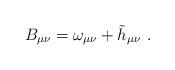
LaTeX: \begin{align*}B_{\mu \nu }=\omega _{\mu \nu }+\tilde{h}_{\mu \nu }\ .\end{align*}